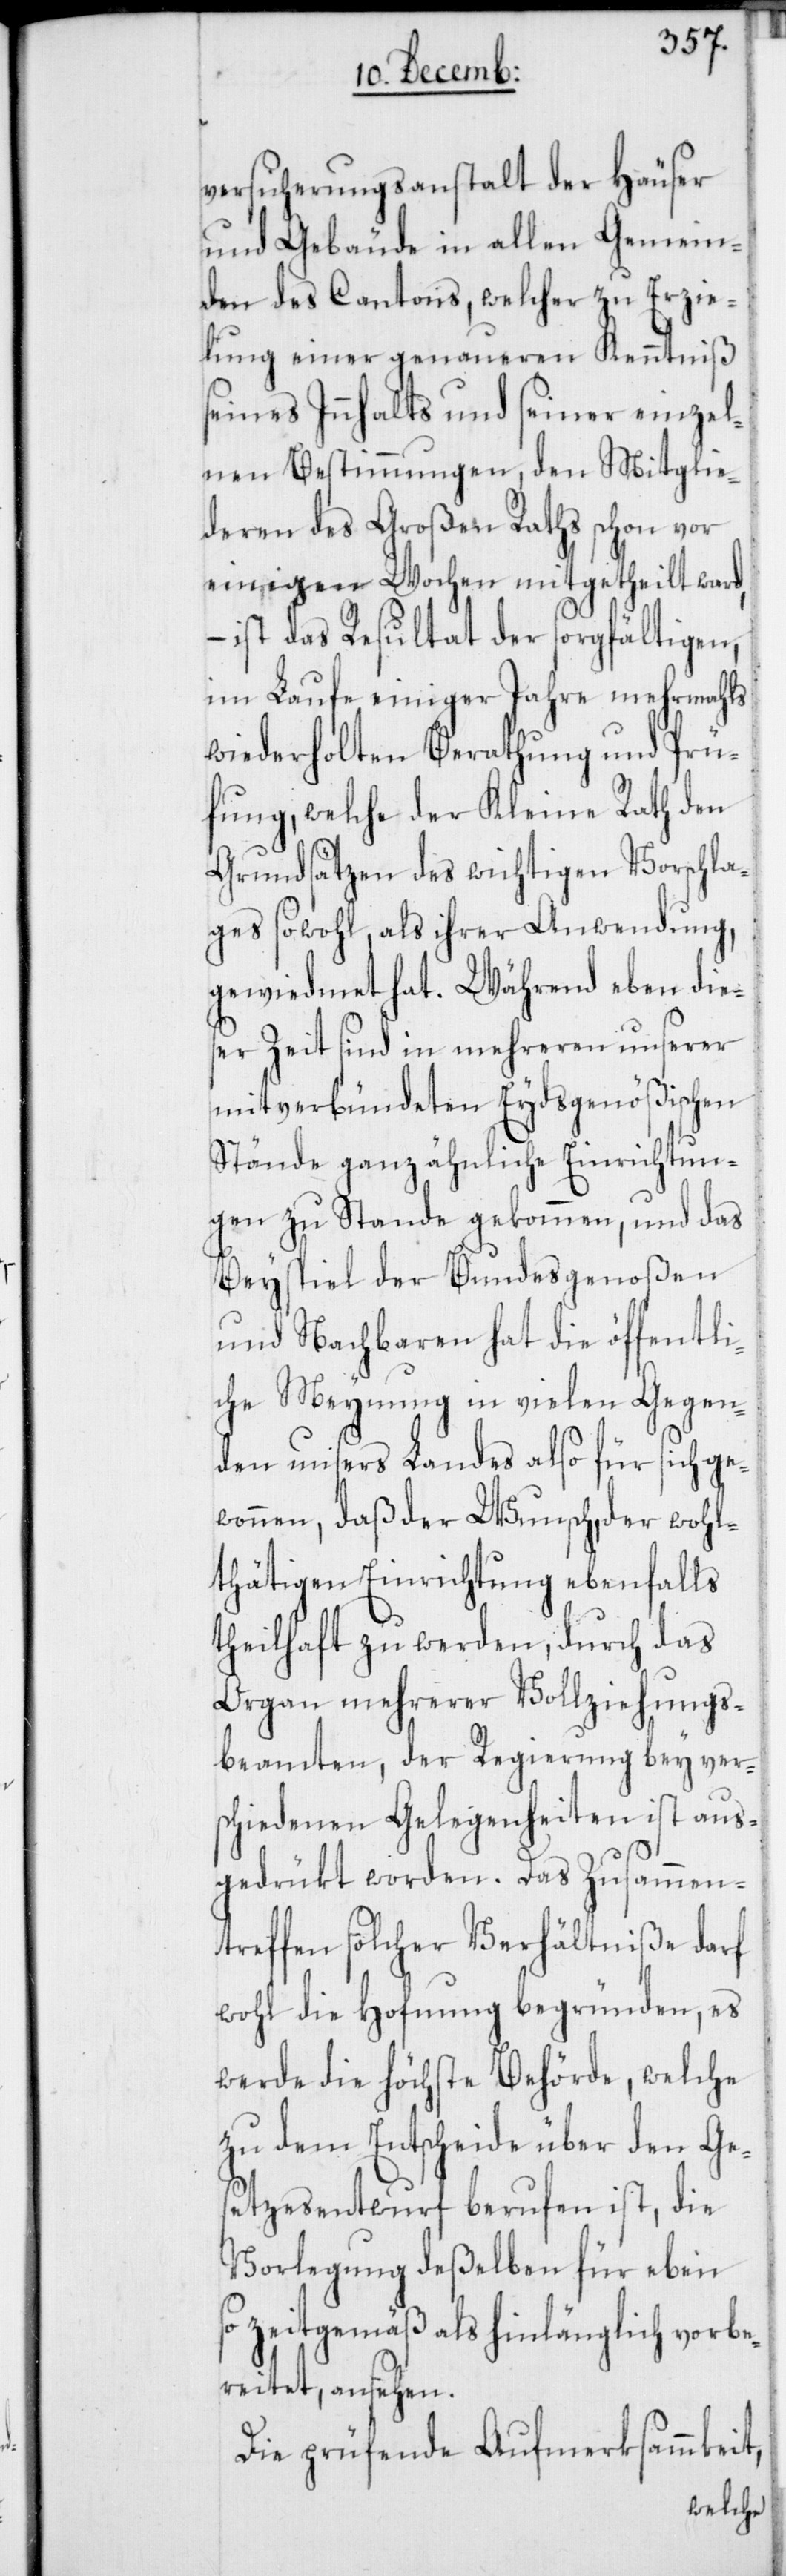
versicherungsanstalt der Häuser
und Gebäude in allen Gemein¬
den des Cantons, welcher zu Erzie¬
lung einer genaueren Kenntniß
seines Innhalts und seiner einzel¬
nen Bestimmungen, den Mitglie¬
deren des Großen Raths schon vor
einigen Wochen mitgetheilt ward,
– ist das Resultat der sorgfältigen,
im Laufe einiger Jahre mehrmahls
wiederholten Berathung und Prü¬
fung, welche der Kleine Rath den
Grundsätzen des wichtigen Vorschla¬
ges sowohl, als ihrer Anwendung,
gewiedmet hat. Während eben die¬
ser Zeit sind in mehreren unserer
mitverbündeten Eydsgenößischen
Stände ganz ähnliche Einrichtun¬
gen zu Stande gekommen, und das
Beyspiel der Bundesgenoßen
und Nachbaren hat die öffentli¬
che Meynung in vielen Gegen¬
den unsers Landes also für sich ge¬
wonnen, daß der Wunsch, der wohl¬
tätigen Einrichtung ebenfalls
theilhaft zu werden, durch das
Organ mehrerer Vollziehungs¬
beamten, der Regierung bey ver¬
schiedenen Gelegenheiten ist aus¬
gedrükt worden. Das Zusammen¬
treffen solcher Verhältniße darf
wohl die Hofnung begründen, es
werde die höchste Behörde, welche
zu dem Entscheide über den Ge¬
setzesentwurf berufen ist, die
Vorlegung deßelben für eben
so zeitgemäß als hinlänglich vorbe¬
reitet, ansehen.
Die prüfende Aufmerksammkeit,